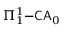
\Pi _ { 1 } ^ { 1 } { \mathrm { - } } { \mathsf { C A } } _ { 0 }